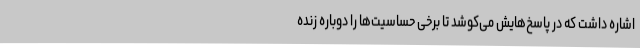
اشاره داشت که در پاسخ‌هایش می‌کوشد تا برخی حساسیت‌ها را دوباره زنده